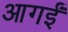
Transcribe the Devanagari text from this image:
आगईं